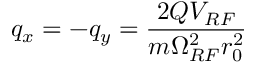
q _ { x } = - q _ { y } = \frac { 2 Q V _ { R F } } { m \Omega _ { R F } ^ { 2 } r _ { 0 } ^ { 2 } }